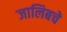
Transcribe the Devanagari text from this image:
जालिबचे